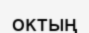
октың